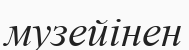
музейінен